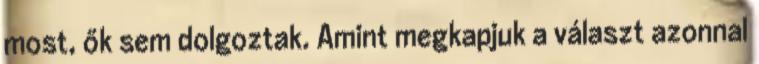
most, ők sem dolgoztak. Amint megkapjuk a választ azonnal